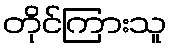
တိုင်ကြားသူ